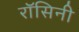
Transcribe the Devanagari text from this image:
रॉसिनी